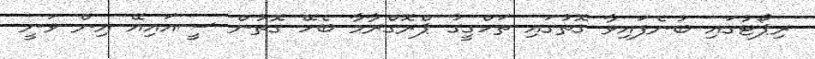
ރިޕޯޓުގައި ބުނެފައިވާ ގޮތުގައި ތަހްގީގު ޕްރޮގްރާމާ ބެހޭ ގޮތުން ސީއައިއޭ އިން ވަނީ